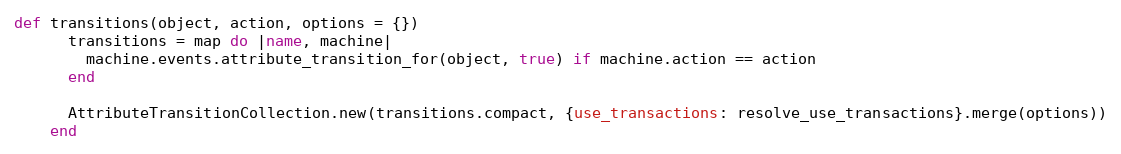
Language: Ruby
def transitions(object, action, options = {})
      transitions = map do |name, machine|
        machine.events.attribute_transition_for(object, true) if machine.action == action
      end

      AttributeTransitionCollection.new(transitions.compact, {use_transactions: resolve_use_transactions}.merge(options))
    end